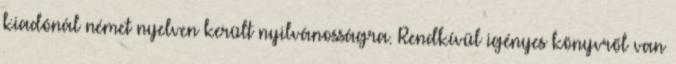
kiadónál német nyelven került nyilvánosságra. Rendkívül igényes könyvről van